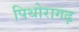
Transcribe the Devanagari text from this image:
पिथोरागढ़